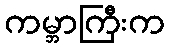
ကမ္ဘာကြီးက